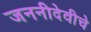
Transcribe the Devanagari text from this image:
जननीदेवीचे